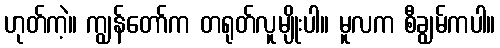
ဟုတ်ကဲ့။ ကျွန်တော်က တရုတ်လူမျိုးပါ။ မူလက စီချွမ်ကပါ။